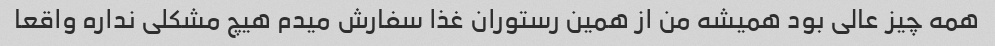
همه چیز عالی بود همیشه من از همین رستوران غذا سفارش میدم هیچ مشکلی نداره واقعا